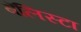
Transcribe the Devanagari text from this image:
बॅलिस्टा